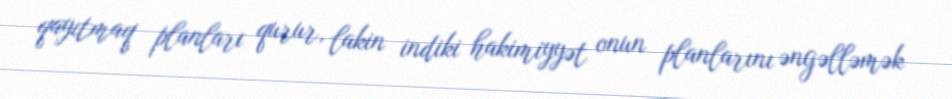
qayıtmaq planları qurur, lakin indiki hakimiyyət onun planlarını əngəlləmək